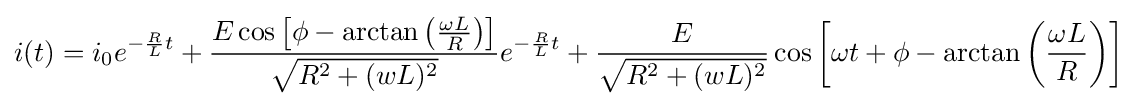
i(t)=i_{0}e^{-{\frac {R}{L}}t}+{\frac {E\cos \left[\phi -\arctan \left({\frac {\omega L}{R}}\right)\right]}{\sqrt {{R^{2}}+{(wL)^{2}}}}}e^{-{\frac {R}{L}}t}+{\frac {E}{\sqrt {{R^{2}}+{(wL)^{2}}}}}\cos \left[\omega t+\phi -\arctan \left({\frac {\omega L}{R}}\right)\right]